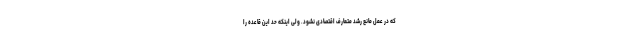
که در عمل مانع رشد متعارف اقتصادی نشود. ولی اینکه حد این قاعده را